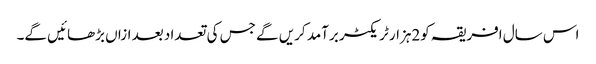
اس سال افریقہ کو2ہزار ٹریکٹر برآمد کریں گے جس کی تعداد بعد ازاں بڑھائیں گے۔